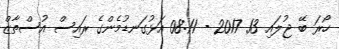
ހޯރަ ބޭ ޖުލައި 13